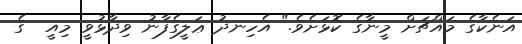
އަނެކާގެ މައްޗަށް މީނާގެ ކޮޅަށެވެ." އެހިނދު ޢަލީގެފާނު ވިދާޅުވީ މިއީ  ގެ